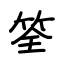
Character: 筌